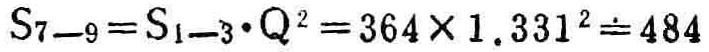
\(S_{7 - 9}=S_{1 - 3}\cdot Q^{2}=364\times1.331^{2}=484\)